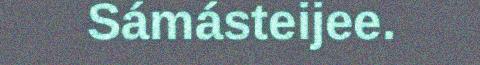
Sámásteijee.